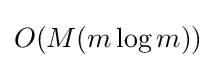
O(M(m\log m))